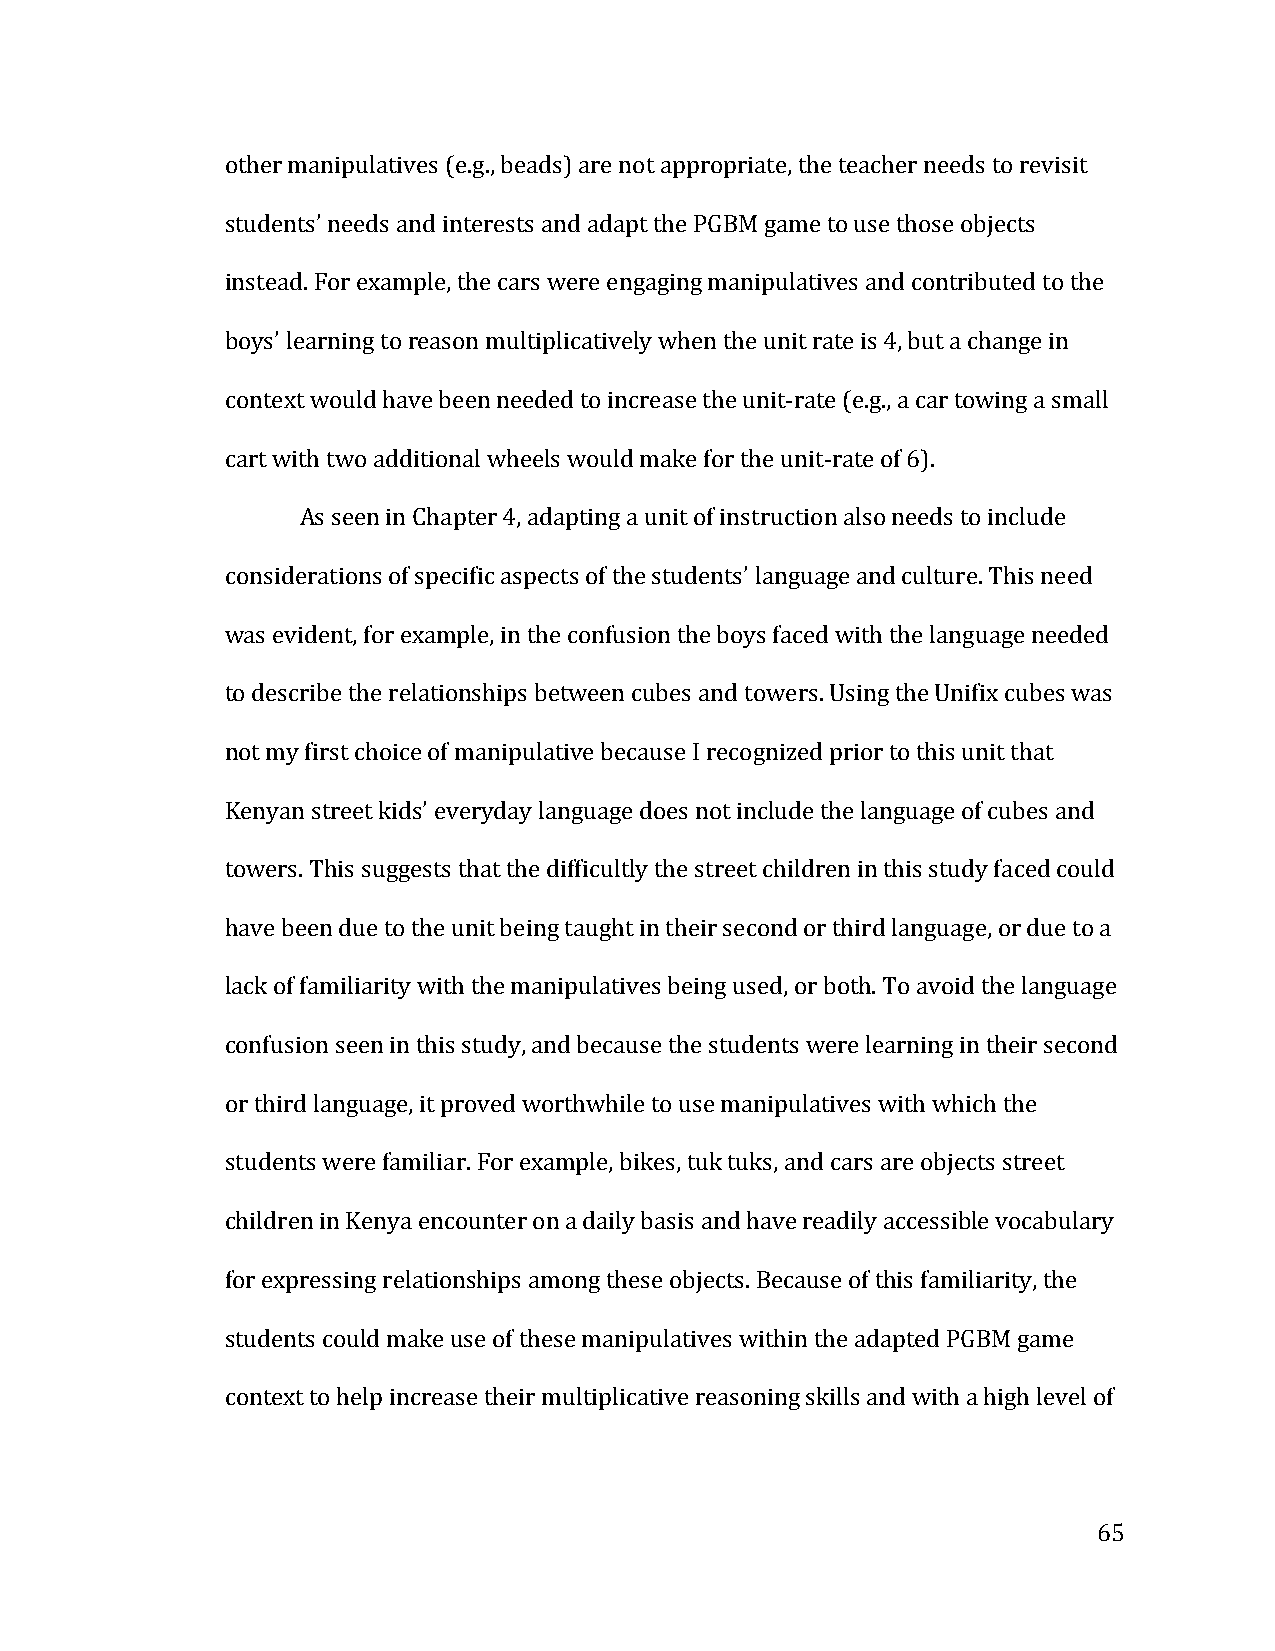
other manipulatives (e.g., beads) are not appropriate, the teacher needs to revisit
 students’ needs and interests and adapt the PGBM game to use those objects
 instead. For example, the cars were engaging manipulatives and contributed to the
 boys’ learning to reason multiplicatively when the unit rate is 4, but a change in
 context would have been needed to increase the unit-­‐rate (e.g., a car towing a small
 cart with two additional wheels would make for the unit-­‐rate of 6).
 As seen in Chapter 4, adapting a unit of instruction also needs to include
 considerations of specific aspects of the students’ language and culture. This need
 was evident, for example, in the confusion the boys faced with the language needed
 to describe the relationships between cubes and towers. Using the Unifix cubes was
 not my first choice of manipulative because I recognized prior to this unit that
 Kenyan street kids’ everyday language does not include the language of cubes and
 towers. This suggests that the difficultly the street children in this study faced could
 have been due to the unit being taught in their second or third language, or due to a
 lack of familiarity with the manipulatives being used, or both. To avoid the language
 confusion seen in this study, and because the students were learning in their second
 or third language, it proved worthwhile to use manipulatives with which the
 students were familiar. For example, bikes, tuk tuks, and cars are objects street
 children in Kenya encounter on a daily basis and have readily accessible vocabulary
 for expressing relationships among these objects. Because of this familiarity, the
 students could make use of these manipulatives within the adapted PGBM game
 context to help increase their multiplicative reasoning skills and with a high level of
 65